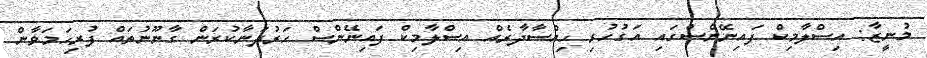
މުނީޒާ: އިސްލާމިކް ފައިނޭންސްގައި އަގުހުރި ހިއްސާދާރެއް އިސްލާމިކް ފައިނޭންސް ހަރުދަނާކުރަން ގާނޫނުތައް ފުރިހަމަވާން